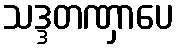
သဒ္ဒတဏှာပေ